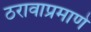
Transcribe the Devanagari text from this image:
ठरावाप्रमाणे